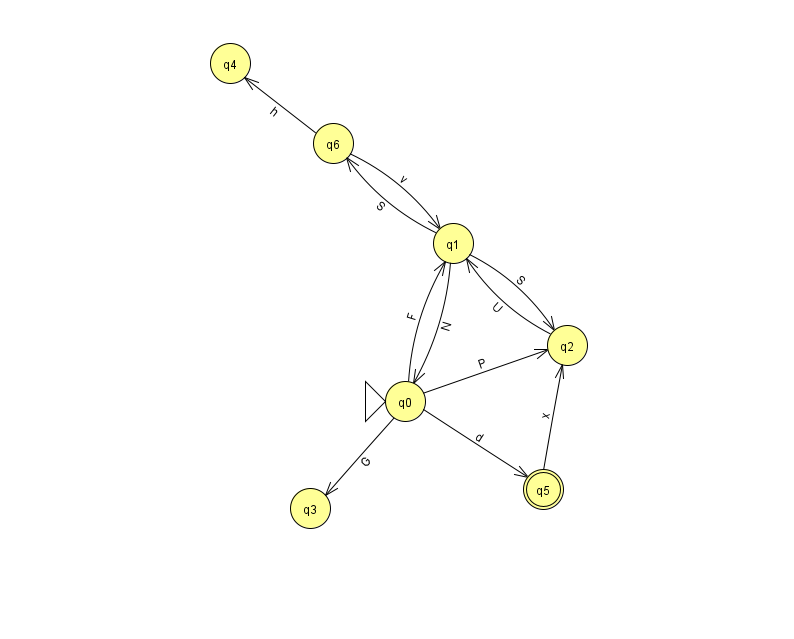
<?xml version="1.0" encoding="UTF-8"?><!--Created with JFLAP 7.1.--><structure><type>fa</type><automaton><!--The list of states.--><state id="0" name="q0"><x>405.0</x><y>388.0</y><initial/></state><state id="1" name="q1"><x>453.0</x><y>230.0</y></state><state id="2" name="q2"><x>567.0</x><y>332.0</y></state><state id="3" name="q3"><x>310.0</x><y>495.0</y></state><state id="4" name="q4"><x>230.0</x><y>50.0</y></state><state id="5" name="q5"><x>543.0</x><y>476.0</y><final/></state><state id="6" name="q6"><x>333.0</x><y>130.0</y></state><!--The list of transitions.--><transition><from>0</from><to>3</to><read>G</read></transition><transition><from>5</from><to>2</to><read>x</read></transition><transition><from>0</from><to>2</to><read>P</read></transition><transition><from>1</from><to>0</to><read>N</read></transition><transition><from>2</from><to>1</to><read>U</read></transition><transition><from>6</from><to>1</to><read>v</read></transition><transition><from>0</from><to>5</to><read>d</read></transition><transition><from>6</from><to>4</to><read>h</read></transition><transition><from>1</from><to>2</to><read>S</read></transition><transition><from>0</from><to>1</to><read>F</read></transition><transition><from>1</from><to>6</to><read>S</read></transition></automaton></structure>